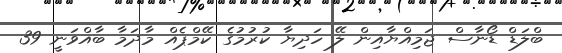
ބްލަޑް ޑޯނާސް ޖަމިއްޔާއިން ލޭ ހަދިޔާ ކުރުމުގެ ކޭމްޕެއް މާދަމާ ބާއްވަނީ 39